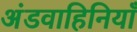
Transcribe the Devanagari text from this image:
अंडवाहिनियाँ